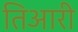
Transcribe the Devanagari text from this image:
तिआरी